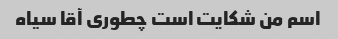
اسم من شکایت است چطوری آقا سیاه